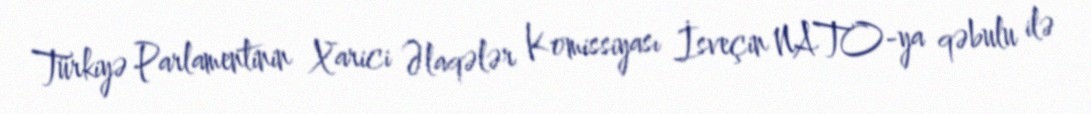
Türkiyə Parlamentinin Xarici Əlaqələr Komissiyası İsveçin NATO-ya qəbulu ilə